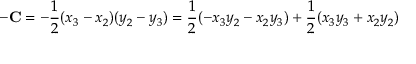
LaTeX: - \mathbf { C } = - { \frac { 1 } { 2 } } ( x _ { 3 } - x _ { 2 } ) ( y _ { 2 } - y _ { 3 } ) = { \frac { 1 } { 2 } } ( - x _ { 3 } y _ { 2 } - x _ { 2 } y _ { 3 } ) + { \frac { 1 } { 2 } } ( x _ { 3 } y _ { 3 } + x _ { 2 } y _ { 2 } )